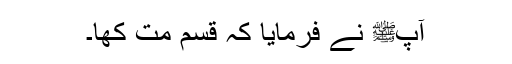
آپﷺ نے فرمایا کہ قسم مت کھا۔